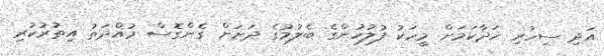
އަދި ސިހުރި ހަދާކަމަށް މީހަކު ފުލުހުންގެ ބެލުމުގެ ދަށަށް ގެންގޮސް މުއްދަތު އިތުރުކުރި